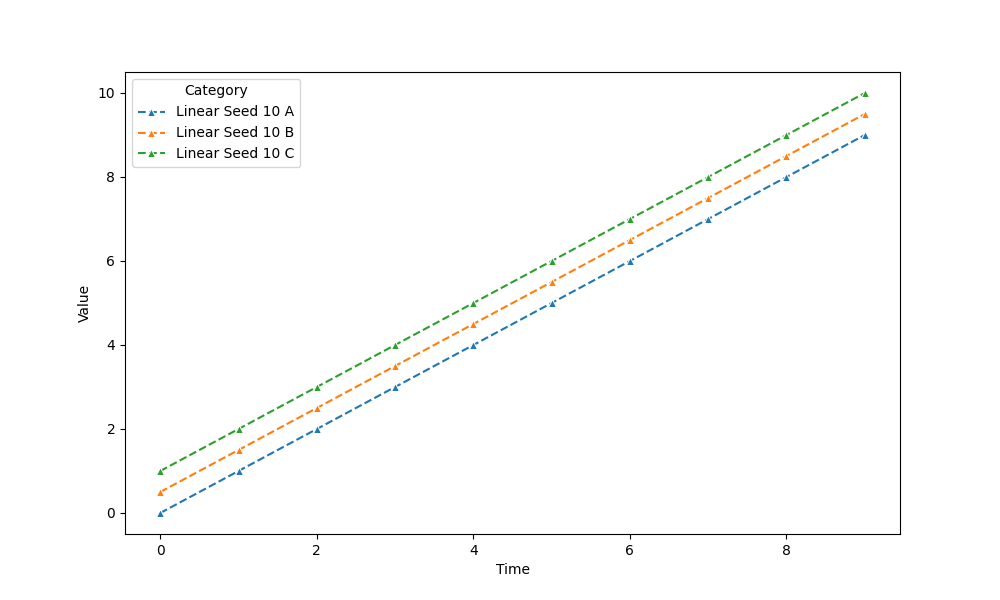
python, seaborn, lineplot, style='dashed', marker='^'